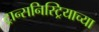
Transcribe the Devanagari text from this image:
ट्रान्सनिस्ट्रियाच्या